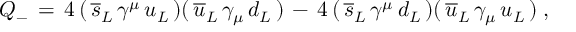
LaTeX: Q _ { - } \, = \, 4 \, ( \, \overline { { { s } } } _ { L } \, \gamma ^ { \mu } \, u _ { L } \, ) ( \, \overline { { { u } } } _ { L } \, \gamma _ { \mu } \, d _ { L } \, ) \, - \, 4 \, ( \, \overline { { { s } } } _ { L } \, \gamma ^ { \mu } \, d _ { L } \, ) ( \, \overline { { { u } } } _ { L } \, \gamma _ { \mu } \, u _ { L } \, ) \; ,